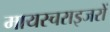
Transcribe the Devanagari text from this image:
मायस्चराइजरों